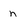
Character: n